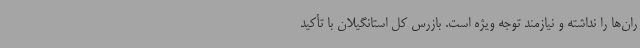
ران‌ها را نداشته و نیازمند توجه ویژه است. بازرس کل استانگیلان با تأکید